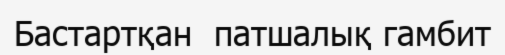
Бастартқан  патшалық гамбит